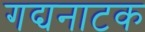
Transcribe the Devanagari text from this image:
गद्यनाटक